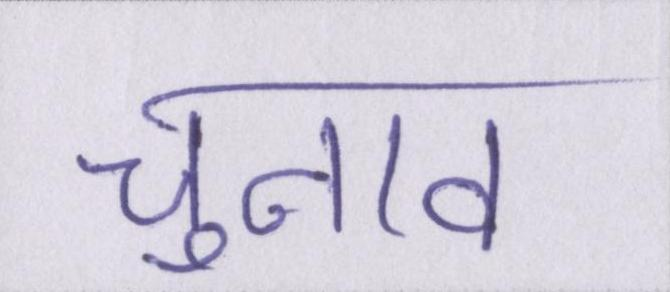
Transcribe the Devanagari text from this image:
चुनाव